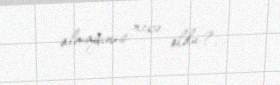
almağınız necə oldu?.